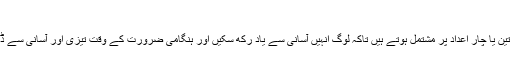
ہنگامی نمبر
ہنگامی نمبر تین یا چار اعداد پر مشتمل ہوتے ہیں تاکہ لوگ انہیں آسانی سے یاد رکھ سکیں اور ہنگامی ضرورت کے وقت تیزی اور آسانی سے ڈائل کرسکیں۔